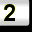
Digit: 2